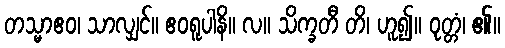
တသ္မာဧဝ၊ သာလျှင်။ ဧဝရူပါနိ။ လ။ သိက္ခတီ တိ၊ ဟူ၍။ ဝုတ္တံ၊ ၏။